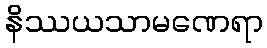
နိဿယသာမဏေရာ